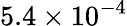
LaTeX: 5.4\times 10^{-4}